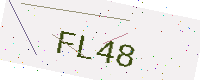
Text: FL48